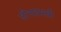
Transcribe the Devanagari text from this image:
जीनशास्त्री